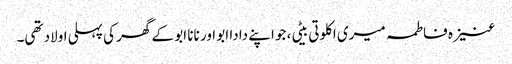
عنیزہ فاطمہ میری اکلوتی بیٹی، جو اپنے دادا ابو اور نانا ابو کے گھر کی پہلی اولاد تھی۔